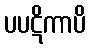
ပပဋိကာပိ